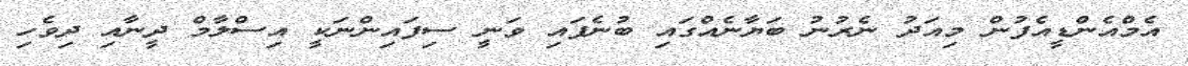
އެމްއެންޑީއެފުން މިއަދު ނެރުނު ބަޔާނެއްގައި ބުނެފައި ވަނީ ސިފައިންނަކީ އިސްލާމް ދީނާއި ދިވެހި